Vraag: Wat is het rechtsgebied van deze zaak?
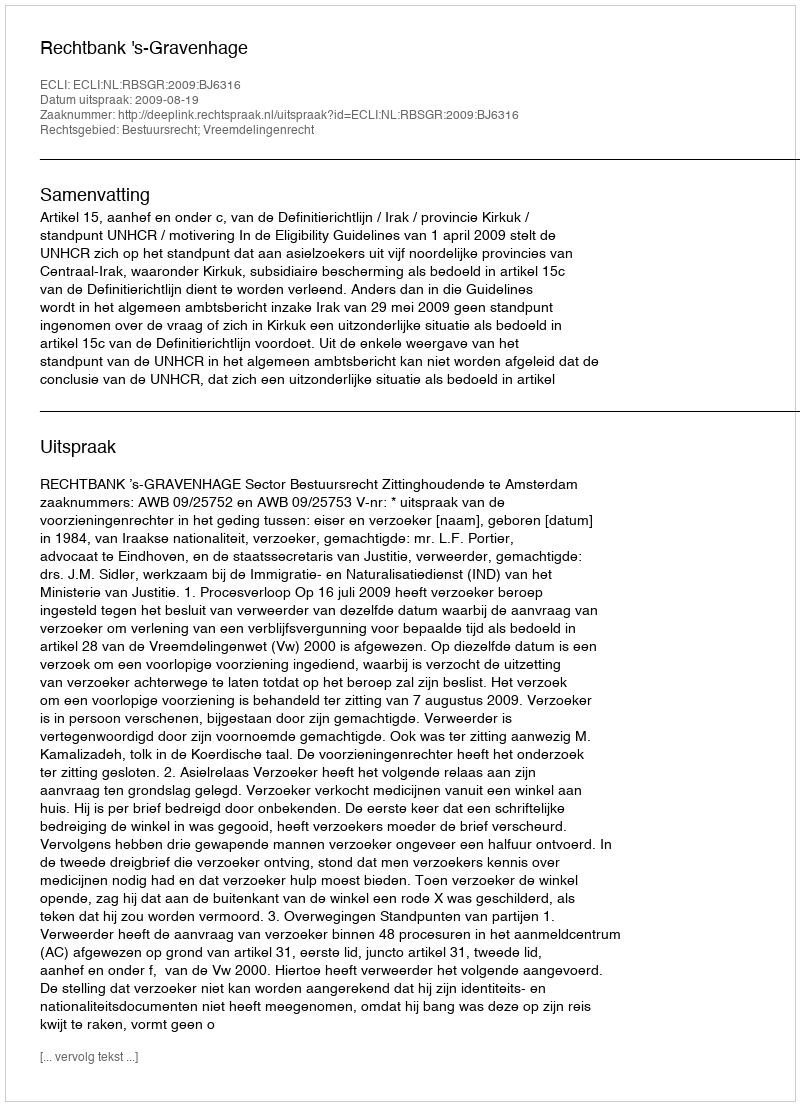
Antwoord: Bestuursrecht; Vreemdelingenrecht